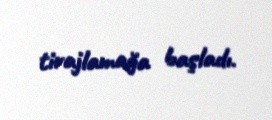
tirajlamağa başladı.